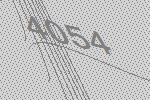
4054